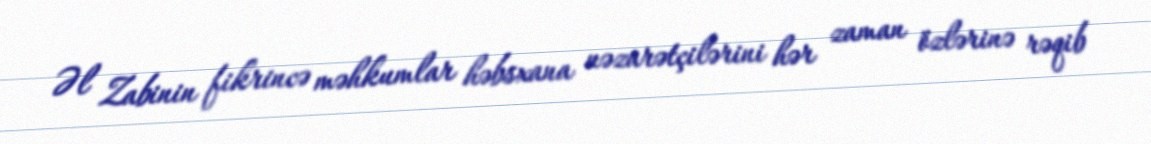
Əl Zabinin fikrincə məhkumlar həbsxana nəzarətçilərini hər zaman özlərinə rəqib